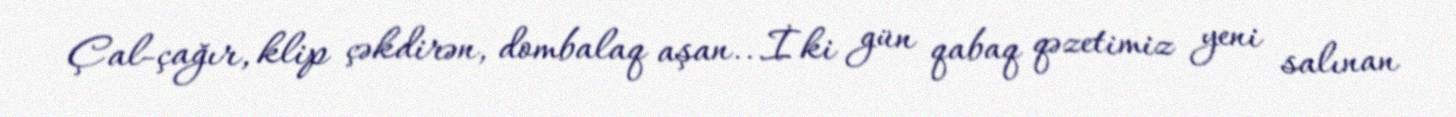
Çal-çağır, klip çəkdirən, dombalaq aşan...İki gün qabaq qəzetimiz yeni salınan